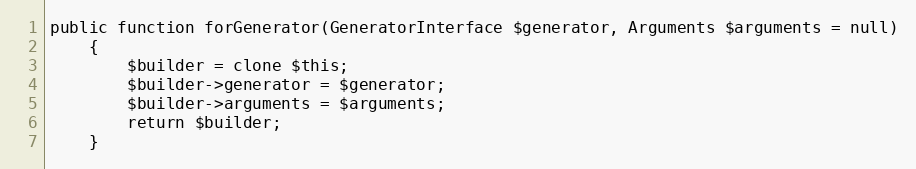
Language: PHP
public function forGenerator(GeneratorInterface $generator, Arguments $arguments = null)
    {
        $builder = clone $this;
        $builder->generator = $generator;
        $builder->arguments = $arguments;
        return $builder;
    }